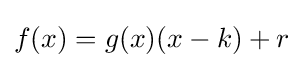
f(x)=g(x)(x-k)+r